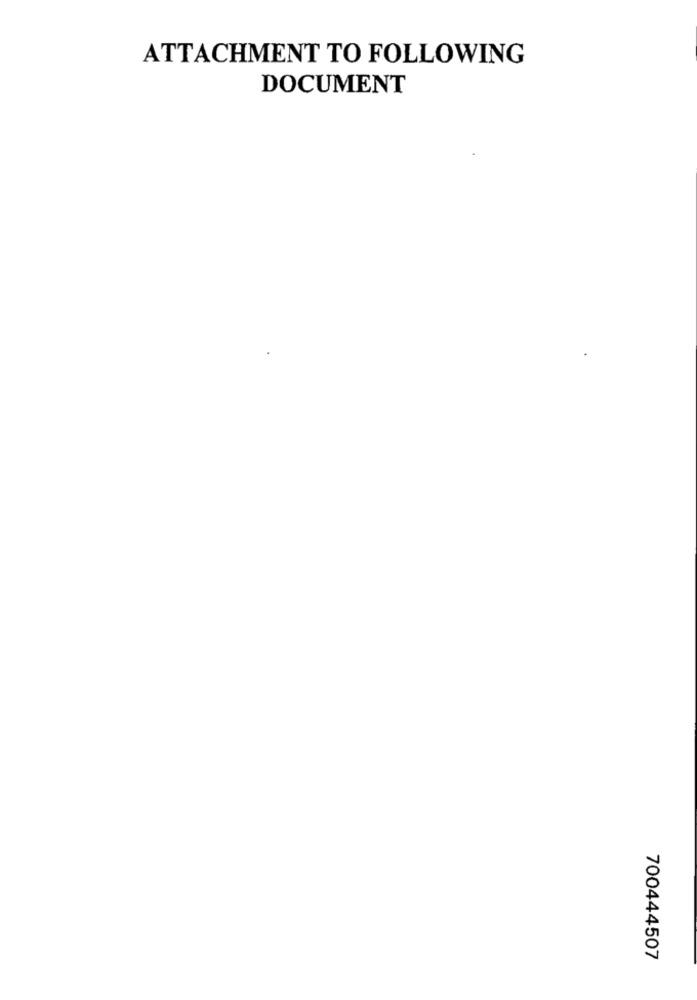
ATTACHMENT TO FOLLOWING
DOCUMENT
700444507